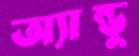
অ্যান্ডু